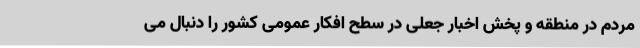
مردم در منطقه و پخش اخبار جعلی در سطح افکار عمومی کشور را دنبال می